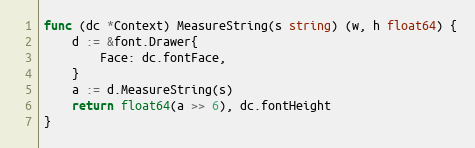
Language: Go
func (dc *Context) MeasureString(s string) (w, h float64) {
	d := &font.Drawer{
		Face: dc.fontFace,
	}
	a := d.MeasureString(s)
	return float64(a >> 6), dc.fontHeight
}